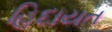
હિદાયત